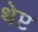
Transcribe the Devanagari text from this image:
थेप्ट